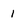
Character: 1